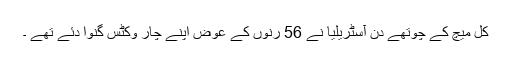
کل میچ کے چوتھے دن آسٹریلیا نے 56 رنوں کے عوض اپنے چار وکٹس گنوا دئے تھے ۔